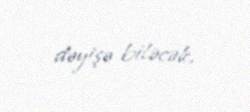
dəyişə biləcək.